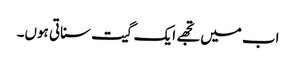
اب میں تجھے ایک گیت سناتی ہوں۔